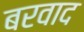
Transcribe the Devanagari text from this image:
बरवाद